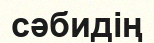
сәбидің